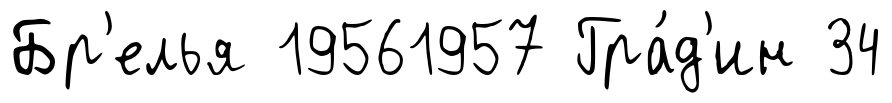
Бр'елья 19561957 Гра́д'ин 34